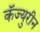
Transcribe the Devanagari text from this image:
कॅज्युरीन